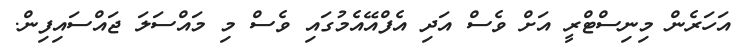
އަހަރެން މިނިސްޓްރީ އަށް ވެސް އަދި އެފްއޭއެމުގައި ވެސް މި މައްސަލަ ޖައްސައިފިން.